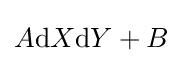
A{\text{d}}X{\text{d}}Y+B